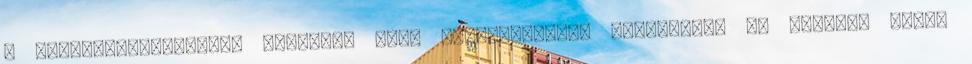
a www.mozgasvilag.hu weboldal jogi nyilatkozatát elolvastam és magamra nézve